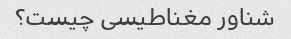
شناور مغناطیسی چیست؟